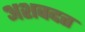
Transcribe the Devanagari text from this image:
अशवदत